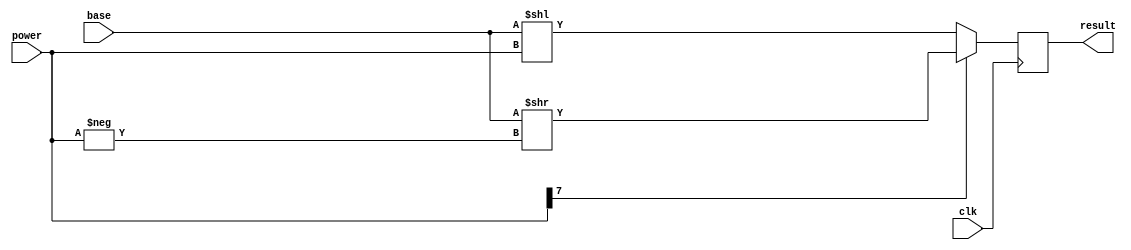
`timescale 1ns / 1ps
//////////////////////////////////////////////////////////////////////////////////
// 
// Module Name: Shifter
// Project Name: Nerual Network
// Description: Shifts base by power into result
// 
// Dependencies: 
// 
// Revision:
// Revision 0.01 - File Created
// Additional Comments:
// 
//////////////////////////////////////////////////////////////////////////////////


module Shifter(base,power,clk,result);
input [31:0] base;
input [7:0] power;
input clk;
output reg [31:0] result;


always @ (posedge clk) begin
    if(power[7] == 1) begin
	   $display("%d", -power);
		//result <= base >> ~power + 1'b1;
		result <= base >> -power;
	end else begin
		result <= base << power;
	end
end

endmodule